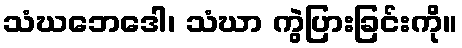
သံဃဘေဒေါ၊ သံဃာ ကွဲပြားခြင်းကို။